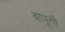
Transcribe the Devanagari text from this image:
बापूनी